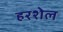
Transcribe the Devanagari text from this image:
हरशेल